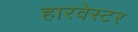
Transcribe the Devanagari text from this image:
हारवेस्टर